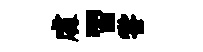
䖏習甞